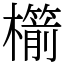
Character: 櫤